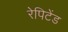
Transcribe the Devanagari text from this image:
रेपिटेंड